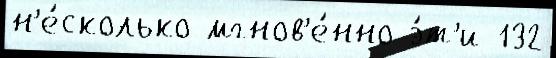
н'е́сколько мгнов'е́нно э́т'и 132